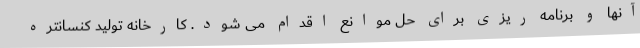
آنها و برنامه ریزی برای حل موانع اقدام می شود. کارخانه تولید کنسانتره